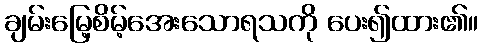
ချမ်းမြေ့စိမ့်အေးသောရသကို ပေး၍ထား၏။